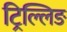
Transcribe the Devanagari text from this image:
ट्रिल्लिङ